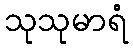
သုသုမာရံ